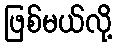
ဖြစ်မယ်လို့